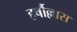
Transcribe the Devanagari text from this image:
हर्षौल्लास